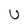
Character: U